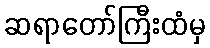
ဆရာတော်ကြီးထံမှ